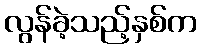
လွန်ခဲ့သည့်နှစ်က